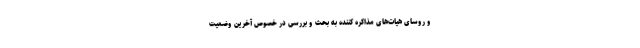
و روسای هیات‌های مذاکره کننده به بحث و بررسی در خصوص آخرین وضعیت